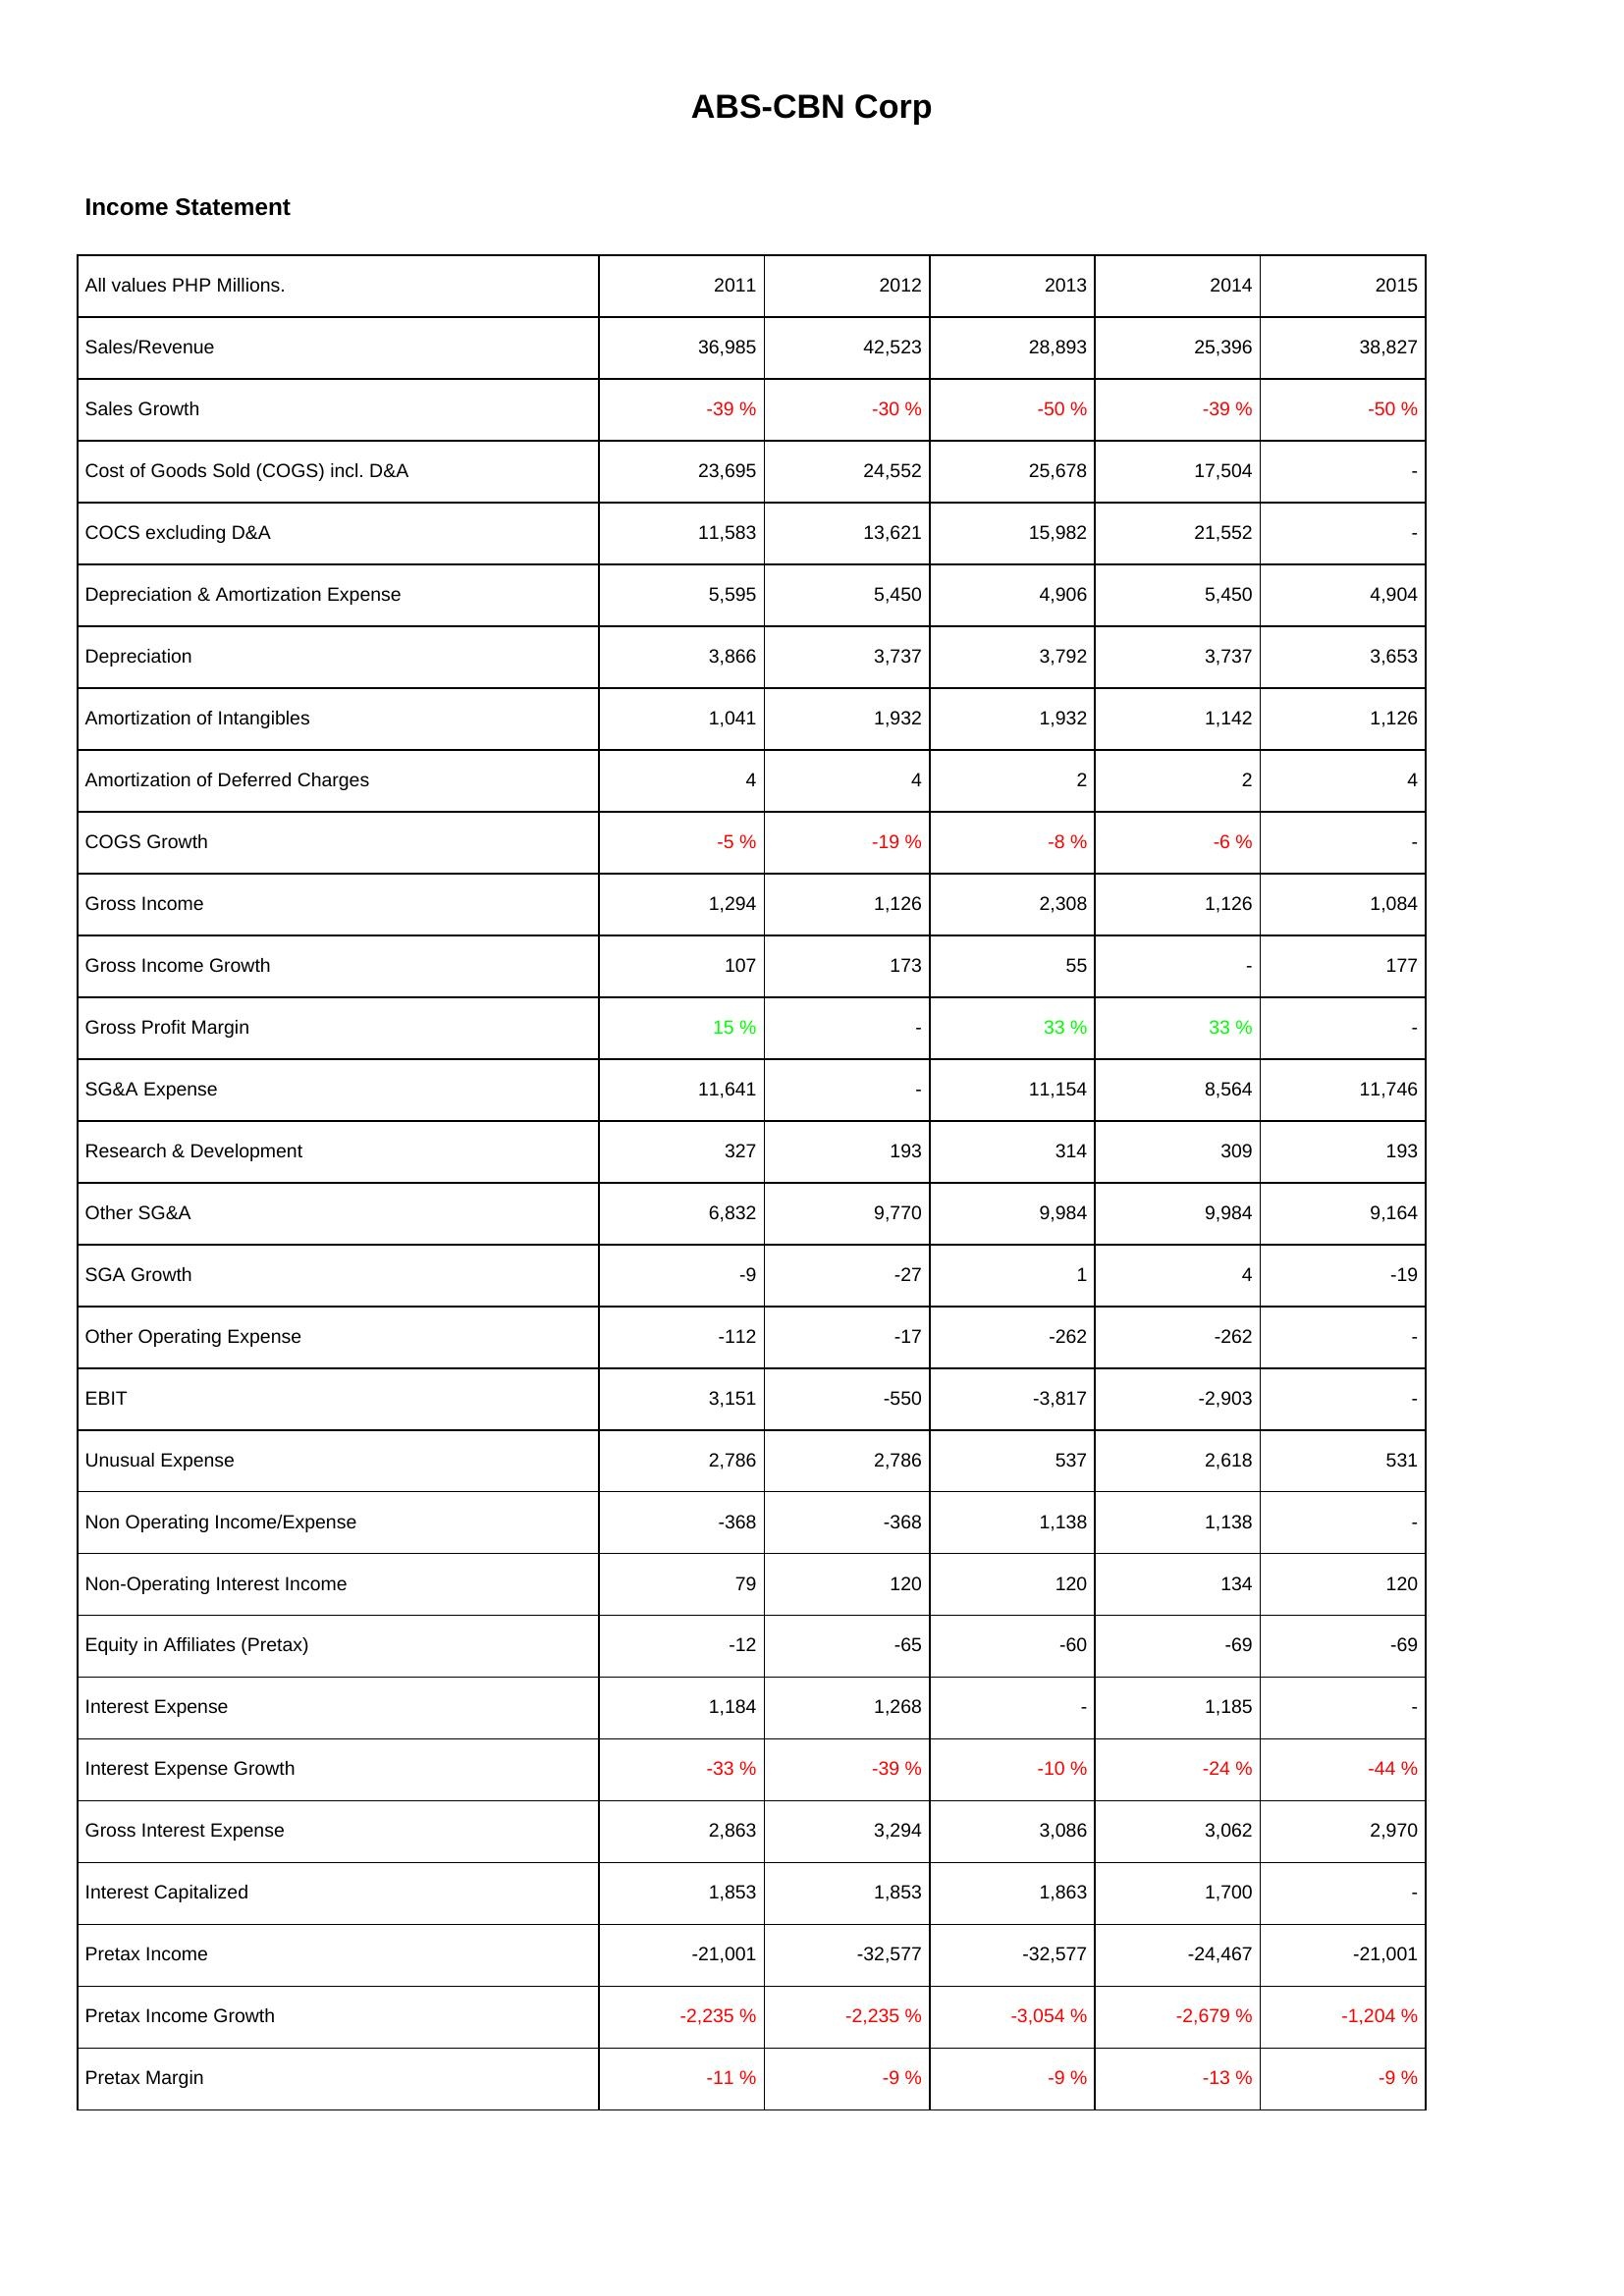
2011: Income Statement: Sales/Revenue: 36,985
Sales Growth: -39 %
Cost of Goods Sold (COGS) incl. D&A: 23,695
COCS excluding D&A: 11,583
Depreciation & Amortization Expense: 5,595
Depreciation: 3,866
Amortization of Intangibles: 1,041
Amortization of Deferred Charges: 4
COGS Growth: -5 %
Gross Income: 1,294
Gross Income Growth: 107
Gross Profit Margin: 15 %
SG&A Expense: 11,641
Research & Development: 327
Other SG&A: 6,832
SGA Growth: -9
Other Operating Expense: -112
EBIT: 3,151
Unusual Expense: 2,786
Non Operating Income/Expense: -368
Non-Operating Interest Income: 79
Equity in Affiliates (Pretax): -12
Interest Expense: 1,184
Interest Expense Growth: -33 %
Gross Interest Expense: 2,863
Interest Capitalized: 1,853
Pretax Income: -21,001
Pretax Income Growth: -2,235 %
Pretax Margin: -11 %
2012: Income Statement: Sales/Revenue: 42,523
Sales Growth: -30 %
Cost of Goods Sold (COGS) incl. D&A: 24,552
COCS excluding D&A: 13,621
Depreciation & Amortization Expense: 5,450
Depreciation: 3,737
Amortization of Intangibles: 1,932
Amortization of Deferred Charges: 4
COGS Growth: -19 %
Gross Income: 1,126
Gross Income Growth: 173
Gross Profit Margin: -
SG&A Expense: -
Research & Development: 193
Other SG&A: 9,770
SGA Growth: -27
Other Operating Expense: -17
EBIT: -550
Unusual Expense: 2,786
Non Operating Income/Expense: -368
Non-Operating Interest Income: 120
Equity in Affiliates (Pretax): -65
Interest Expense: 1,268
Interest Expense Growth: -39 %
Gross Interest Expense: 3,294
Interest Capitalized: 1,853
Pretax Income: -32,577
Pretax Income Growth: -2,235 %
Pretax Margin: -9 %
2013: Income Statement: Sales/Revenue: 28,893
Sales Growth: -50 %
Cost of Goods Sold (COGS) incl. D&A: 25,678
COCS excluding D&A: 15,982
Depreciation & Amortization Expense: 4,906
Depreciation: 3,792
Amortization of Intangibles: 1,932
Amortization of Deferred Charges: 2
COGS Growth: -8 %
Gross Income: 2,308
Gross Income Growth: 55
Gross Profit Margin: 33 %
SG&A Expense: 11,154
Research & Development: 314
Other SG&A: 9,984
SGA Growth: 1
Other Operating Expense: -262
EBIT: -3,817
Unusual Expense: 537
Non Operating Income/Expense: 1,138
Non-Operating Interest Income: 120
Equity in Affiliates (Pretax): -60
Interest Expense: -
Interest Expense Growth: -10 %
Gross Interest Expense: 3,086
Interest Capitalized: 1,863
Pretax Income: -32,577
Pretax Income Growth: -3,054 %
Pretax Margin: -9 %
2014: Income Statement: Sales/Revenue: 25,396
Sales Growth: -39 %
Cost of Goods Sold (COGS) incl. D&A: 17,504
COCS excluding D&A: 21,552
Depreciation & Amortization Expense: 5,450
Depreciation: 3,737
Amortization of Intangibles: 1,142
Amortization of Deferred Charges: 2
COGS Growth: -6 %
Gross Income: 1,126
Gross Income Growth: -
Gross Profit Margin: 33 %
SG&A Expense: 8,564
Research & Development: 309
Other SG&A: 9,984
SGA Growth: 4
Other Operating Expense: -262
EBIT: -2,903
Unusual Expense: 2,618
Non Operating Income/Expense: 1,138
Non-Operating Interest Income: 134
Equity in Affiliates (Pretax): -69
Interest Expense: 1,185
Interest Expense Growth: -24 %
Gross Interest Expense: 3,062
Interest Capitalized: 1,700
Pretax Income: -24,467
Pretax Income Growth: -2,679 %
Pretax Margin: -13 %
2015: Income Statement: Sales/Revenue: 38,827
Sales Growth: -50 %
Cost of Goods Sold (COGS) incl. D&A: -
COCS excluding D&A: -
Depreciation & Amortization Expense: 4,904
Depreciation: 3,653
Amortization of Intangibles: 1,126
Amortization of Deferred Charges: 4
COGS Growth: -
Gross Income: 1,084
Gross Income Growth: 177
Gross Profit Margin: -
SG&A Expense: 11,746
Research & Development: 193
Other SG&A: 9,164
SGA Growth: -19
Other Operating Expense: -
EBIT: -
Unusual Expense: 531
Non Operating Income/Expense: -
Non-Operating Interest Income: 120
Equity in Affiliates (Pretax): -69
Interest Expense: -
Interest Expense Growth: -44 %
Gross Interest Expense: 2,970
Interest Capitalized: -
Pretax Income: -21,001
Pretax Income Growth: -1,204 %
Pretax Margin: -9 %